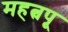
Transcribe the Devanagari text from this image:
महत्वपू